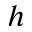
h